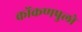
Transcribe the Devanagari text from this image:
कोंकणपुलो